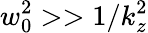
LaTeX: w_{0}^{2}>>1/k_{z}^{2}